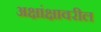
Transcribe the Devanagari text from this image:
अक्षांक्षावरील